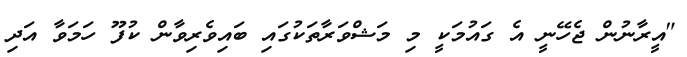
"އީރާނުން ޖެހޭނީ އެ ގައުމަކީ މި މަޝްވަރާތަކުގައި ބައިވެރިވާން ކުފޫ ހަމަވާ އަދި